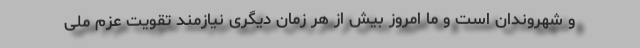
و شهروندان است و ما امروز بیش از هر زمان دیگری نیازمند تقویت عزم ملی